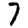
Digit: 7